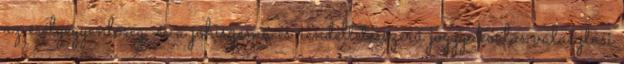
az esélyegyenlőség, és a jóhiszemű és rendeltetésszerű joggyakorlás választási